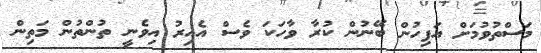
މަސްތުވުމަށް އަފިހުން ބޭނުން ކުރާ ވާހަކަ ވެސް އެއިރު އިވެނީ ތުންތުން މަތިން